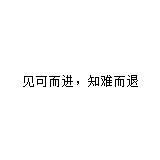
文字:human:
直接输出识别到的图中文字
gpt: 见可而进，知难而退